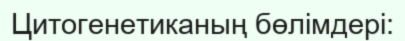
Цитогенетиканың бөлімдері: